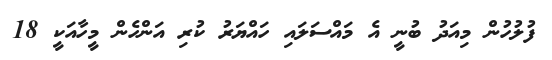
ފުލުހުން މިއަދު ބުނީ އެ މައްސަލައި ހައްޔަރު ކުރި އަންހެން މީހާއަކީ 18